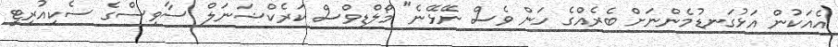
އެއަކުން އަޅުގަނޑުމެންނަށް ބެރެއްގެ ހަން ވެސް ނޭޅޭނެ" މޯލްޑިވްސް ކަރެކްޝަނަލް ސާވިސްގެ ސެކިއުރިޓީ